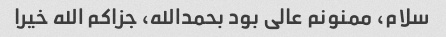
سلام، ممنونم عالی بود بحمدالله، جزاکم الله خیرا